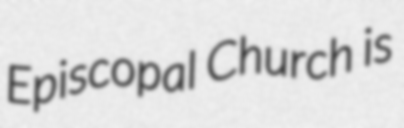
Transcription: Episcopal Church is